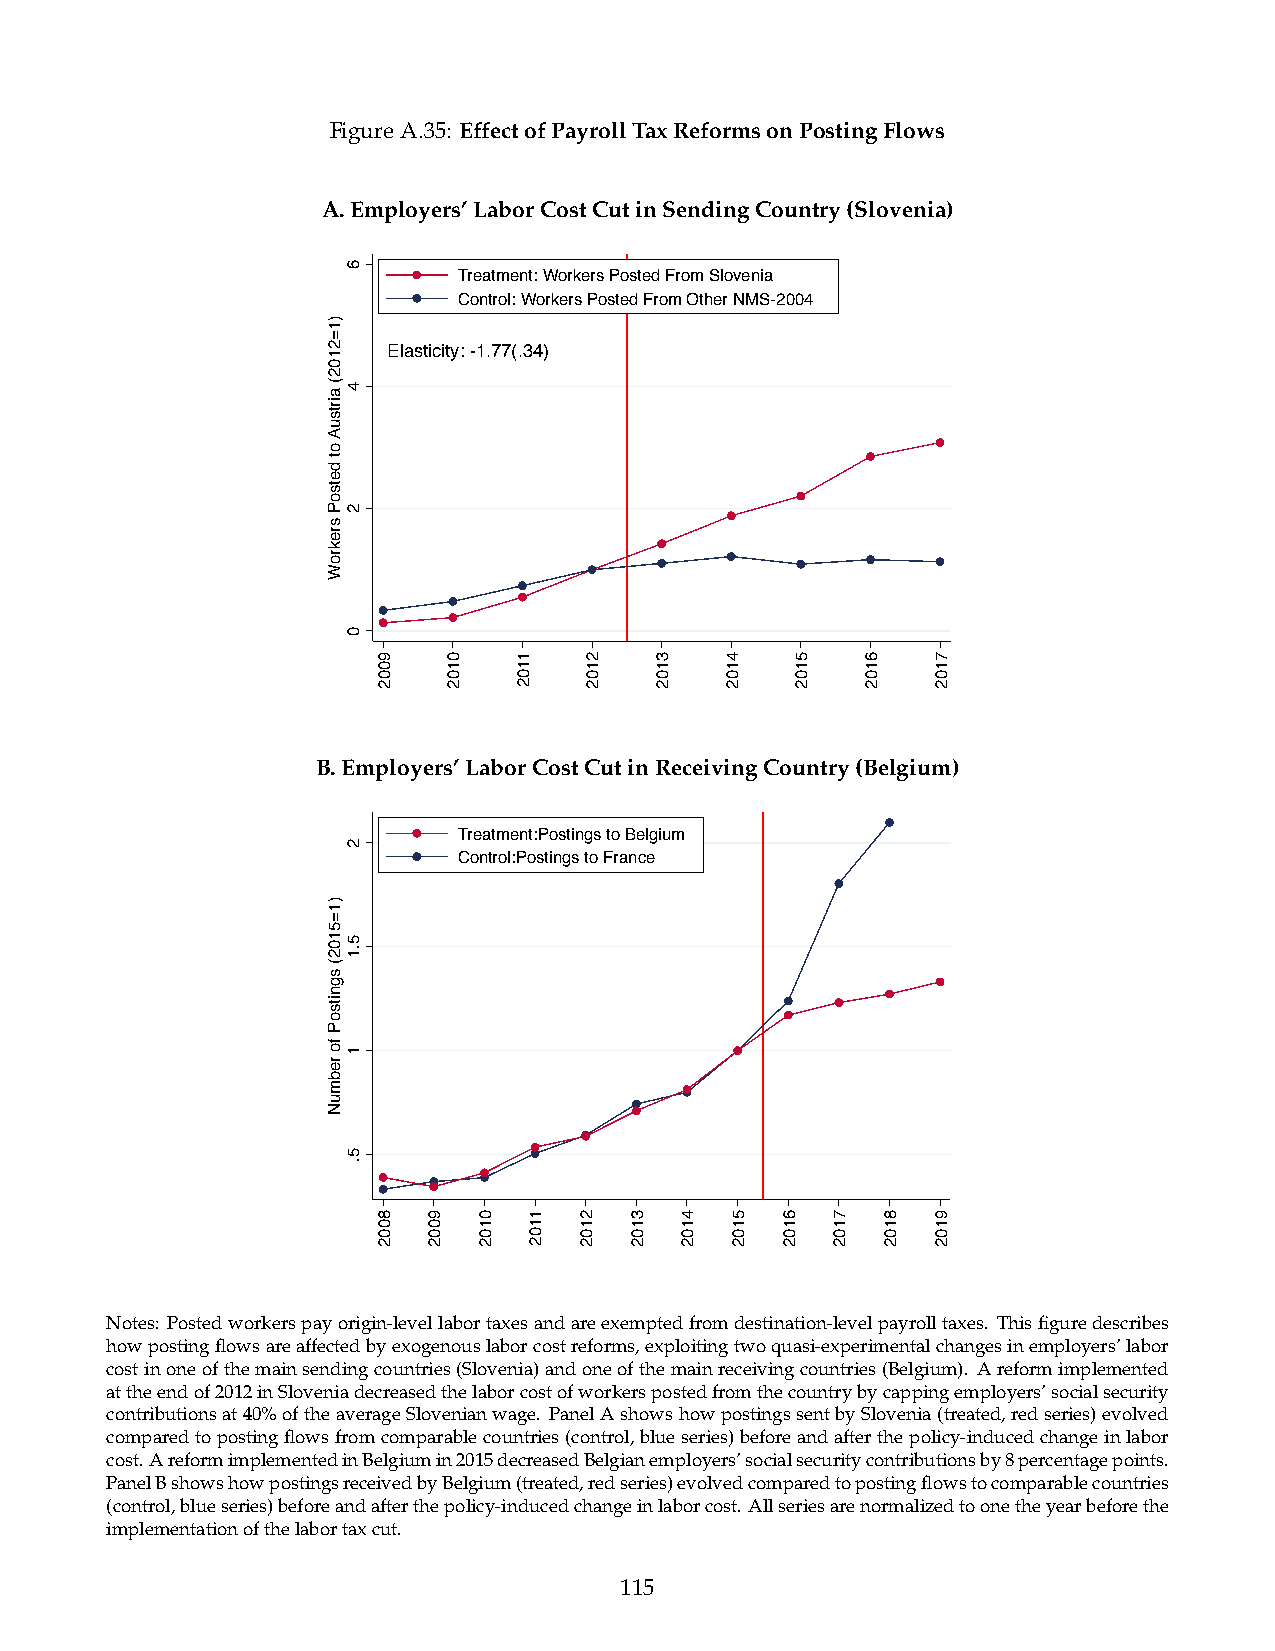
FigureA.35: EffectofPayrollTaxReformsonPostingFlows
 A.Employers’LaborCostCutinSendingCountry(Slovenia)
 Treatment: Workers Posted From Slovenia
 Control: Workers Posted From Other NMS-2004
 Elasticity: -1.77(.34)
 B.Employers’LaborCostCutinReceivingCountry(Belgium)
 Treatment:Postings to Belgium
 Control:Postings to France
 Notes: Postedworkerspayorigin-levellabortaxesandareexemptedfromdestination-levelpayrolltaxes. Thisfiguredescribes
 howpostingflowsareaffectedbyexogenouslaborcostreforms,exploitingtwoquasi-experimentalchangesinemployers’labor
 costinoneofthemainsendingcountries(Slovenia)andoneofthemainreceivingcountries(Belgium). Areformimplemented
 attheendof2012inSloveniadecreasedthelaborcostofworkerspostedfromthecountrybycappingemployers’socialsecurity
 contributionsat40%oftheaverageSlovenianwage. PanelAshowshowpostingssentbySlovenia(treated,redseries)evolved
 comparedtopostingflowsfromcomparablecountries(control,blueseries)beforeandafterthepolicy-inducedchangeinlabor
 cost.AreformimplementedinBelgiumin2015decreasedBelgianemployers’socialsecuritycontributionsby8percentagepoints.
 PanelBshowshowpostingsreceivedbyBelgium(treated,redseries)evolvedcomparedtopostingflowstocomparablecountries
 (control,blueseries)beforeandafterthepolicy-inducedchangeinlaborcost.Allseriesarenormalizedtoonetheyearbeforethe
 implementationofthelabortaxcut.
 115
 )1=2102(
 airtsuA
 ot
 detsoP
 srekroW
 )1=5102(
 sgnitsoP
 fo
 rebmuN
 6
 4
 2
 0
 2
 5.1
 1
 5.
 9002
 8002 9002
 0102
 0102
 1102
 1102 2102
 2102
 3102
 3102
 4102
 4102
 5102 6102
 5102
 7102
 6102
 8102
 7102
 9102